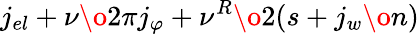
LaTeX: j_{el}+{{\nu}\o{2\pi}}j_{\varphi}+{{\nu^{R}}\o 2}(s+{{j_{w}}\o n})